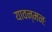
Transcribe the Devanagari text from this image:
यावन्मनः